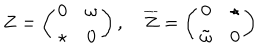
LaTeX: Z = \left( \begin{array} { c c } { { 0 } } & { { \omega } } \\ { { \star } } & { { 0 } } \\ \end{array} \right) , \quad { \overline { { Z } } } = \left( \begin{array} { c c } { { 0 } } & { { \star } } \\ { { { \tilde { \omega } } } } & { { 0 } } \\ \end{array} \right)